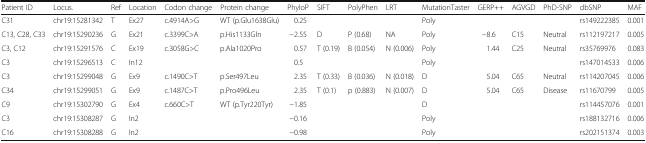
<table><thead><tr><td><b>Patient ID</b></td><td><b>Locus.</b></td><td><b>Ref</b></td><td><b>Location</b></td><td><b>Codon change</b></td><td><b>Protein change</b></td><td><b>PhyloP</b></td><td><b>SIFT</b></td><td><b>PolyPhen</b></td><td><b>LRT</b></td><td><b>MutationTaster</b></td><td><b>GERP++</b></td><td><b>AGVGD</b></td><td><b>PhD-SNP</b></td><td><b>dbSNP</b></td><td><b>MAF</b></td></tr></thead><tbody><tr><td>C31</td><td>chr19:15281342</td><td>T</td><td>Ex27</td><td>c.4914A&gt;G</td><td>WT (p.Glu1638Glu)</td><td>0.25</td><td></td><td></td><td></td><td>Poly</td><td></td><td></td><td></td><td>rs149222385</td><td>0.001</td></tr><tr><td>C13, C28, C33</td><td>chr19:15290236</td><td>G</td><td>Ex21</td><td>c.3399C&gt;A</td><td>p.His1133Gln</td><td>−2.55</td><td>D</td><td>P (0.68)</td><td>NA</td><td>Poly</td><td>−8.6</td><td>C15</td><td>Neutral</td><td>rs112197217</td><td>0.005</td></tr><tr><td>C3, C12</td><td>chr19:15291576</td><td>C</td><td>Ex19</td><td>c.3058G&gt;C</td><td>p.Ala1020Pro</td><td>0.57</td><td>T (0.19)</td><td>B (0.054)</td><td>N (0.006)</td><td>Poly</td><td>1.44</td><td>C25</td><td>Neutral</td><td>rs35769976</td><td>0.083</td></tr><tr><td>C3</td><td>chr19:15296513</td><td>C</td><td>In12</td><td></td><td></td><td>0.5</td><td></td><td></td><td></td><td>Poly</td><td></td><td></td><td></td><td>rs147014533</td><td>0.006</td></tr><tr><td>C3</td><td>chr19:15299048</td><td>G</td><td>Ex9</td><td>c.1490C&gt;T</td><td>p.Ser497Leu</td><td>2.35</td><td>T (0.33)</td><td>B (0.036)</td><td>N (0.018)</td><td>D</td><td>5.04</td><td>C65</td><td>Neutral</td><td>rs114207045</td><td>0.006</td></tr><tr><td>C34</td><td>chr19:15299051</td><td>G</td><td>Ex9</td><td>c.1487C&gt;T</td><td>p.Pro496Leu</td><td>2.35</td><td>T (0.1)</td><td>p (0.883)</td><td>N (0.007)</td><td>D</td><td>5.04</td><td>C65</td><td>Disease</td><td>rs11670799</td><td>0.005</td></tr><tr><td>C9</td><td>chr19:15302790</td><td>G</td><td>Ex4</td><td>c.660C&gt;T</td><td>WT (p.Tyr220Tyr)</td><td>−1.85</td><td></td><td></td><td></td><td>D</td><td></td><td></td><td></td><td>rs114457076</td><td>0.001</td></tr><tr><td>C3</td><td>chr19:15308287</td><td>G</td><td>In2</td><td></td><td></td><td>−0.16</td><td></td><td></td><td></td><td>Poly</td><td></td><td></td><td></td><td>rs188132716</td><td>0.006</td></tr><tr><td>C16</td><td>chr19:15308288</td><td>G</td><td>In2</td><td></td><td></td><td>−0.98</td><td></td><td></td><td></td><td>Poly</td><td></td><td></td><td></td><td>rs202151374</td><td>0.003</td></tr></tbody></table>